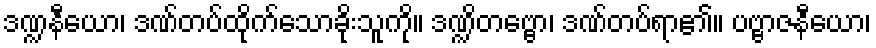
ဒဏ္ဍနီယော၊ ဒဏ်တပ်ထိုက်သောခိုးသူကို။ ဒဏ္ဍိတဗ္ဗော၊ ဒဏ်တပ်ရာ၏။ ပဗ္ဗာဇနီယော၊